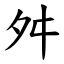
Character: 舛